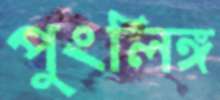
পুংলিঙ্গ